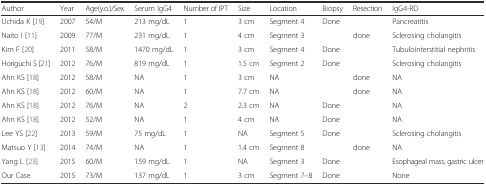
<table><thead><tr><td><b>Author</b></td><td><b>Year</b></td><td><b>Age(y.o.)/Sex</b></td><td><b>Serum IgG4</b></td><td><b>Number of IPT</b></td><td><b>Size</b></td><td><b>Location</b></td><td><b>Biopsy</b></td><td><b>Resection</b></td><td><b>IgG4-RD</b></td></tr></thead><tbody><tr><td>Uchida K [19]</td><td>2007</td><td>54/M</td><td>213 mg/dL</td><td>1</td><td>3 cm</td><td>Segment 4</td><td>Done</td><td></td><td>Pancreatitis</td></tr><tr><td>Naito I [11]</td><td>2009</td><td>77/M</td><td>231 mg/dL</td><td>1</td><td>4 cm</td><td>Segment 3</td><td></td><td>done</td><td>Sclerosing cholangitis</td></tr><tr><td>Kim F [20]</td><td>2011</td><td>58/M</td><td>1470 mg/dL</td><td>1</td><td>3 cm</td><td>Segment 4</td><td>Done</td><td></td><td>Tubulointerstitial nephritis</td></tr><tr><td>Horiguchi S [21]</td><td>2012</td><td>76/M</td><td>819 mg/dL</td><td>1</td><td>1.5 cm</td><td>Segment 2</td><td>Done</td><td></td><td>Sclerosing cholangitis</td></tr><tr><td>Ahn KS [18]</td><td>2012</td><td>58/M</td><td>NA</td><td>1</td><td>3 cm</td><td>NA</td><td></td><td>done</td><td>NA</td></tr><tr><td>Ahn KS [18]</td><td>2012</td><td>60/M</td><td>NA</td><td>1</td><td>7.7 cm</td><td>NA</td><td></td><td>done</td><td>NA</td></tr><tr><td>Ahn KS [18]</td><td>2012</td><td>76/M</td><td>NA</td><td>2</td><td>2.3 cm</td><td>NA</td><td>Done</td><td></td><td>NA</td></tr><tr><td>Ahn KS [18]</td><td>2012</td><td>52/M</td><td>NA</td><td>1</td><td>4 cm</td><td>NA</td><td>Done</td><td></td><td>NA</td></tr><tr><td>Lee YS [22]</td><td>2013</td><td>59/M</td><td>75 mg/dL</td><td>1</td><td>NA</td><td>Segment 5</td><td>Done</td><td></td><td>Sclerosing cholangitis</td></tr><tr><td>Matsuo Y [13]</td><td>2014</td><td>74/M</td><td>NA</td><td>1</td><td>1.4 cm</td><td>Segment 8</td><td></td><td>done</td><td>NA</td></tr><tr><td>Yang L [23]</td><td>2015</td><td>60/M</td><td>159 mg/dL</td><td>1</td><td>NA</td><td>Segment 3</td><td>Done</td><td></td><td>Esophageal mass, gastric ulcer</td></tr><tr><td>Our Case</td><td>2015</td><td>73/M</td><td>137 mg/dL</td><td>1</td><td>3 cm</td><td>Segment 7–8</td><td>Done</td><td></td><td>None</td></tr></tbody></table>